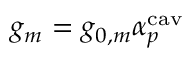
g _ { m } = g _ { 0 , m } \alpha _ { p } ^ { \mathrm { c a v } }